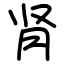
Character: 肾